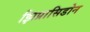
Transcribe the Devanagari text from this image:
झिप्रासिडोन